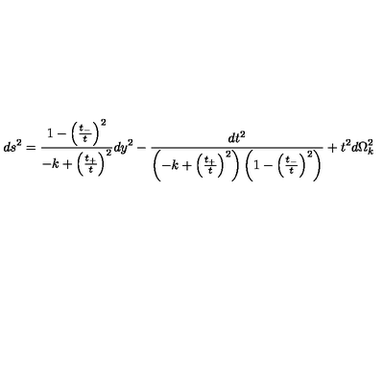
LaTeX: d s ^ { 2 } = \frac { 1 - \left( \frac { t _ { - } } { t } \right) ^ { 2 } } { - k + \left( \frac { t _ { + } } { t } \right) ^ { 2 } } d y ^ { 2 } - \frac { d t ^ { 2 } } { \left( - k + \left( \frac { t _ { + } } { t } \right) ^ { 2 } \right) \left( 1 - \left( \frac { t _ { - } } { t } \right) ^ { 2 } \right) } + t ^ { 2 } d \Omega _ { k } ^ { 2 }